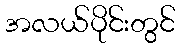
အလယ်ပိုင်းတွင်